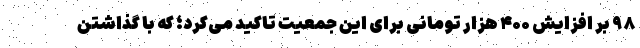
۹۸ بر افزایش ۴۰۰ هزار تومانی برای این جمعیت تاکید می‌کرد؛ که با گذاشتن